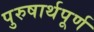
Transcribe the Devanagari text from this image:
पुरुषार्थपूर्ण